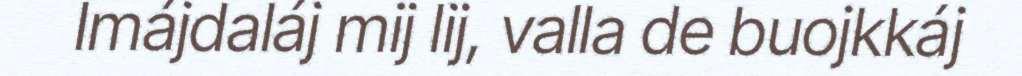
Imájdaláj mij lij, valla de buojkkáj